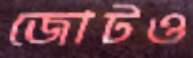
জোটও